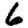
Digit: 6